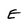
Character: E